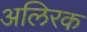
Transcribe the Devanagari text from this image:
अलिरक